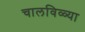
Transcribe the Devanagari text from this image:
चालविळ्या